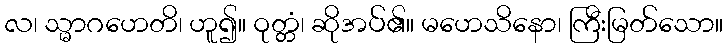
လ၊ သ္မာဂဟေတိ၊ ဟူ၍။ ဝုတ္တံ၊ ဆိုအပ်၏။ မဟေသိနော၊ ကြီးမြတ်သော။